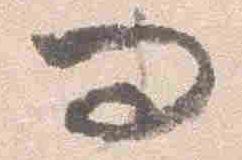
問